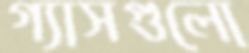
গ্যাসগুলো